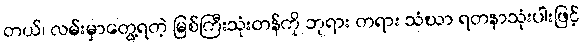
တယ်၊ လမ်းမှာတွေ့ရတဲ့ မြစ်ကြီးသုံးတန်ကို ဘုရား တရား သံဃာ ရတနာသုံးပါးဖြင့်